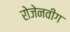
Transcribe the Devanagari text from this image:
रोजेनवीग